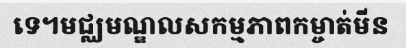
ទេ។មជ្ឈមណ្ឌលសកម្មភាពកម្ចាត់មីន